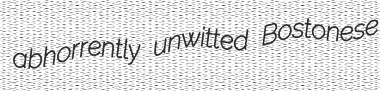
abhorrently unwitted Bostonese